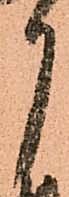
月